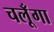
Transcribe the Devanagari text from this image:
चलूँगा